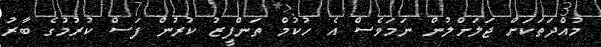
މުއްދަތަކަށް ޖަލަށްލުން ނަމަވެސް އެ ހުކުމް ތަންފީޒު ކުރުން ފަސް ކުރުމުގެ ބާރު